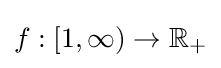
f:[1,\infty )\to \mathbb {R} _{+}